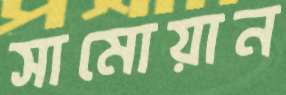
সামোয়ান